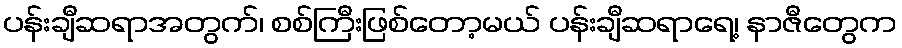
ပန်းချီဆရာအတွက်၊ စစ်ကြီးဖြစ်တော့မယ် ပန်းချီဆရာရေ့၊ နာဇီတွေက